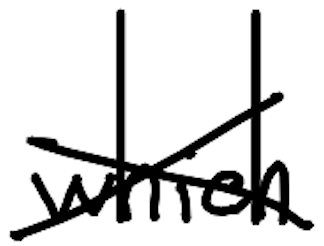
Text: which
Cross-out: cross
Writing tool: digital_black